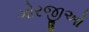
ગોરજીઓ